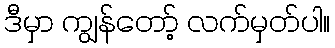
ဒီမှာ ကျွန်တော့် လက်မှတ်ပါ။